Etiology and epidemiology of plague
Disease focus: Plague
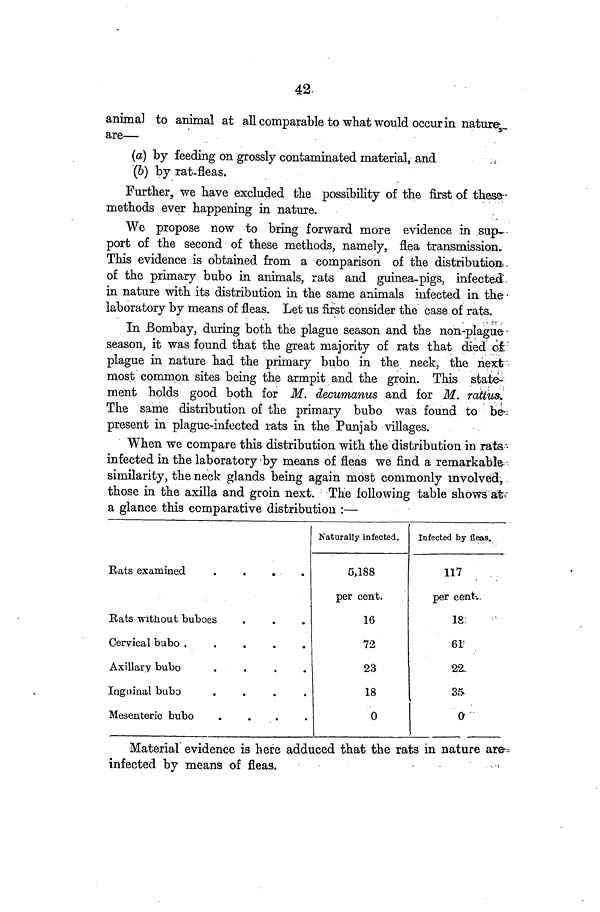
42.
animal to animal at all comparable to what would occur in nature
are—
(a) by feeding on grossly contaminated material, and
(b) by rat-fleas.
Further, we have excluded the possibility of the first of these
methods ever happening in nature.
We propose now to bring forward more evidence in sup-
port of the second of these methods, namely, flea transmission.
This evidence is obtained from a comparison of the distribution,
of the primary bubo in animals, rats and guinea-pigs, infected,
in nature with its distribution in the same animals infected in the
laboratory by means of fleas. Let us first consider the case of rats.
In Bombay, during both the plague season and the non-plague
season, it was found that the great majority of rats that died of
plague in nature had the primary bubo in the neck, the next
most common sites being the armpit and the groin. This state-
ment holds good both for M. decumanus and for M. rattus.
The same distribution of the primary bubo was found to be
present in plague-infected rats in the Punjab villages.
When we compare this distribution with the distribution in rats
infected in the laboratory by means of fleas we find a remarkable
similarity, the neck glands being again most commonly involved,
those in the axilla and groin next. The following table shows at
a glance this comparative distribution :—
Rats examined
....
Bats without buboes
Cervical bubo
.....
Axillary bubo
....
Inguinal bubo
....
Mesenteric bubo
....
Naturally infected.
0,188
per cent.
16
72
23
18
0
Infected by fleas.
117
per cent.
18
61
22
35
0
Material evidence is here adduced that the rats in nature are
infected by means of
fleas.